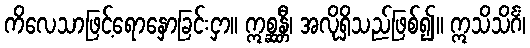
ကိလေသာဖြင့်ရောနှောခြင်းငှာ။ ဣစ္ဆန္တီ၊ အလိုရှိသည်ဖြစ်၍။ ဣသိသိင်္ဂံ၊